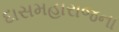
દાસમહારાજના